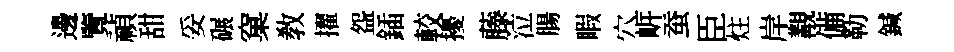
邊覽禎甜妥碾窠敎擢盌鍤較擾藤泣腸睱穴㟁蚕臣炷岸覯備勒鍼